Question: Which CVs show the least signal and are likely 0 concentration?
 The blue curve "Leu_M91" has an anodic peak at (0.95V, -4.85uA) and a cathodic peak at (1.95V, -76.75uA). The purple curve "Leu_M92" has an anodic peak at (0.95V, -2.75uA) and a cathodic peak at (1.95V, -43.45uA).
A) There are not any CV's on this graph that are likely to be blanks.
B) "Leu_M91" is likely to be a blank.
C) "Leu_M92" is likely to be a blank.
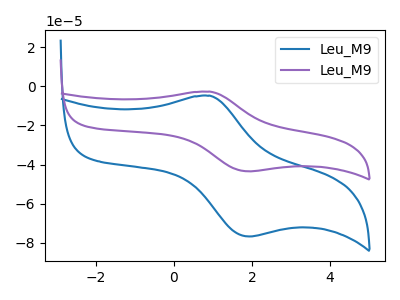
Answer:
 <answer>A) There are not any CV's on this graph that are likely to be blanks.</answer>
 <eval>A</eval>